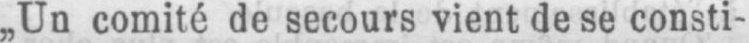
„Un comité de secours vient de se consti-